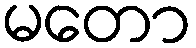
မတော